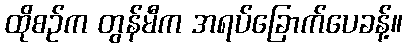
ထိုစဉ်က တွန်မီက အရပ်ခြောက်ပေခန့်။